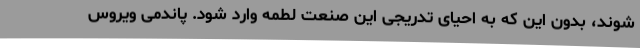
شوند، بدون این که به احیای تدریجی این صنعت لطمه وارد شود. پاندمی ویروس